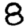
Digit: 8